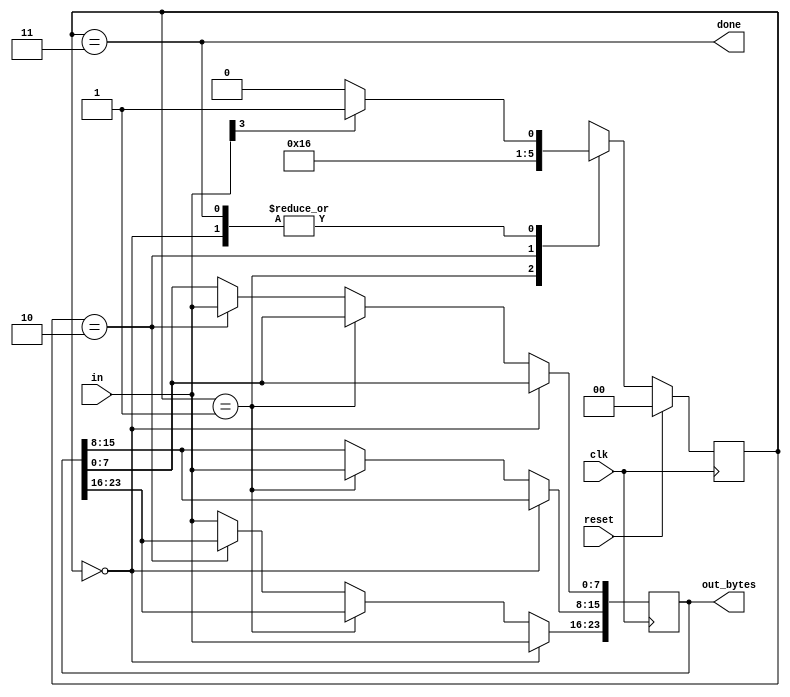
module top_module(
    input clk,
    input [7:0] in,
    input reset,
    output [23:0] out_bytes,   
    output done
); 
    parameter BYTE1 = 2'd0,
              BYTE2 = 2'd1,
              BYTE3 = 2'd2,
              DONE  = 2'd3;
    reg [1:0] state,next_state;

    always @(*) begin
        case (state)
            BYTE1 : if (in[3]) begin
                        next_state = BYTE2;
                    end
                    else begin
                        next_state = BYTE1;
                    end
            BYTE2 : next_state = BYTE3;
            BYTE3 : next_state = DONE;
            DONE :  if (in[3]) begin
                        next_state = BYTE2;
                    end
                    else begin
                        next_state = BYTE1;
                    end
        endcase
    end

    always @(posedge clk) begin
        if (reset) begin
            state <= BYTE1;
        end
        else begin
            state <= next_state;
        end
    end

    always @(posedge clk) begin
        if(state == BYTE1) begin
            out_bytes[23:16] <= in;
        end
        else if(state == BYTE2) begin
            out_bytes[15:8] <= in;
        end
        else if(state == BYTE3) begin
            out_bytes[7:0] <= in;
        end
        else begin
            out_bytes[23:16] <= in;
        end
    end

    assign done = (state == DONE);

endmodule